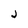
Character: j